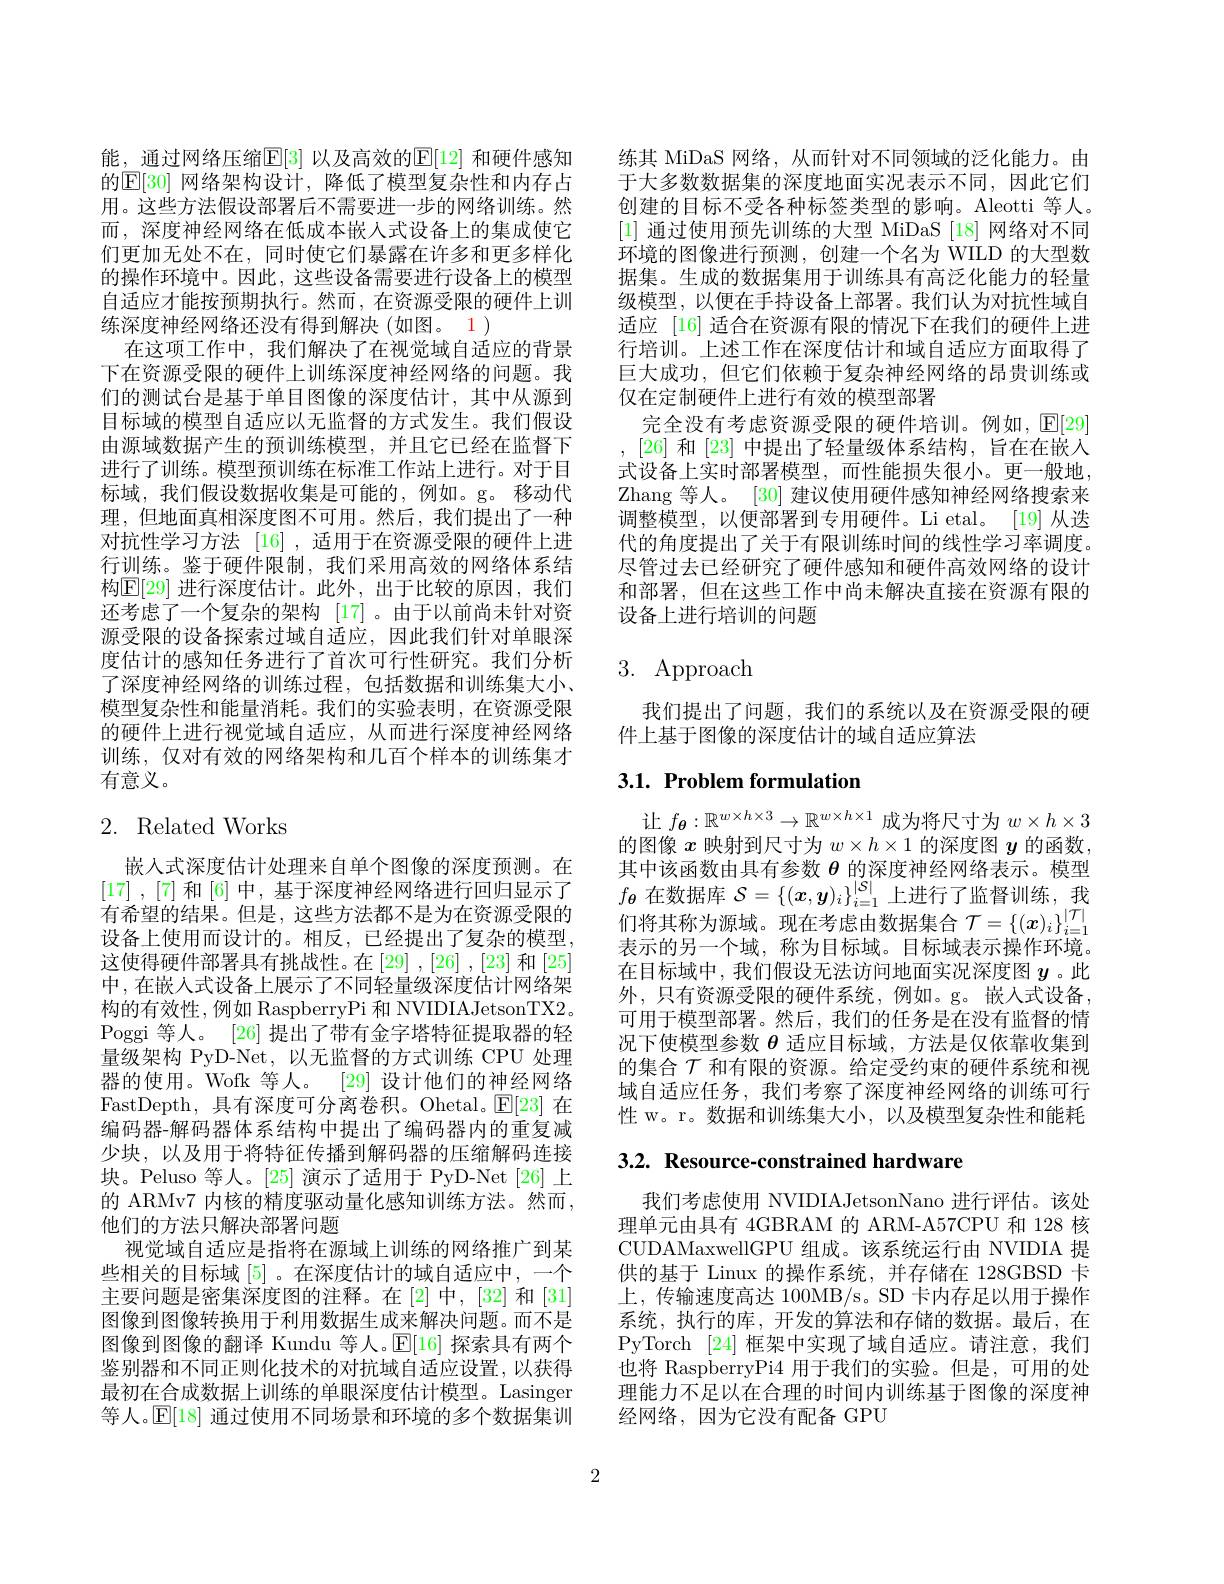
能，通过网络压缩$\mathbb{E}[3]$ 以及高效的$\mathbb{E}[12]$ 和硬件感知的$\underline{\mathrm{E}}[30]$ 网络架构设计，降低了模型复杂性和内存占用。这些方法假设部署后不需要进一步的网络训练。然而，深度神经网络在低成本嵌人式设备上的集成使它们更加无处不在，同时使它们暴露在许多和更多样化的操作环境中。因此，这些设备需要进行设备上的模型自适应才能按预期执行。然而，在资源受限的硬件上训练深度神经网络还没有得到解决(如图。1 )
在这项工作中，我们解决了在视觉域自适应的背景下在资源受限的硬件上训练深度神经网络的问题。我们的测试台是基于单目图像的深度估计，其中从源到目标域的模型自适应以无监督的方式发生。我们假设由源域数据产生的预训练模型，并且它已经在监督下进行了训练。模型预训练在标准工作站上进行。对于目标域，我们假设数据收集是可能的，例如。g。移动代理，但地面真相深度图不可用。然后，我们提出了一种对抗性学习方法 [16] ,适用于在资源受限的硬件上进行训练。鉴于硬件限制，我们采用高效的网络体系结构$\mathbb{E}[29]$ 进行深度估计。此外，出于比较的原因，我们还考虑了一个复杂的架构 [17]。由于以前尚未针对资源受限的设备探索过域自适应，因此我们针对单眼深度估计的感知任务进行了首次可行性研究。我们分析了深度神经网络的训练过程，包括数据和训练集大小、 模型复杂性和能量消耗。我们的实验表明，在资源受限的硬件上进行视觉域自适应，从而进行深度神经网络训练，仅对有效的网络架构和几百个样本的训练集才有意义。

# 2. Related Works

嵌入式深度估计处理来自单个图像的深度预测。在[17] ,[7] 和 [6] 中，基于深度神经网络进行回归显示了有希望的结果。但是，这些方法都不是为在资源受限的设备上使用而设计的。相反，已经提出了复杂的模型， 这使得硬件部署具有挑战性。在[29] ,[26] ,[23] 和[25] 中，在嵌人式设备上展示了不同轻量级深度估计网络架构的有效性，例如 RaspberryPi 和 NVIDIAJetsonTX2。Poggi 等人。[26] 提出了带有金字塔特征提取器的轻量级架构 PyD-Net,以无监督的方式训练 CPU 处理器的使用。Wofk 等人。[29] 设计他们的神经网络FastDepth, 具有深度可分离卷积。Ohetal。$\mathbb{E}[23]$在编码器-解码器体系结构中提出了编码器内的重复减少块，以及用于将特征传播到解码器的压缩解码连接块。Peluso 等人。[25] 演示了适用于 PyD-Net[26] 上的 ARMv7 内核的精度驱动量化感知训练方法。然而， 他们的方法只解决部署问题
视觉域自适应是指将在源域上训练的网络推广到某些相关的目标域[5] 。在深度估计的域自适应中，一个主要问题是密集深度图的注释。在[2]中，[32]和[31] 图像到图像转换用于利用数据生成来解决问题。而不是图像到图像的翻译 Kundu 等人。$\mathbb{E}[16]$探索具有两个鉴别器和不同正则化技术的对抗域自适应设置，以获得最初在合成数据上训练的单眼深度估计模型。Lasinger 等人。$\mathbb{E}[18]$通过使用不同场景和环境的多个数据集训

练其 MiDaS 网络，从而针对不同领域的泛化能力。由于大多数数据集的深度地面实况表示不同，因此它们创建的目标不受各种标签类型的影响。Aleotti 等人。[1]通过使用预先训练的大型 MiDaS [18]网络对不同环境的图像进行预测，创建一个名为 WILD 的大型数据集。生成的数据集用于训练具有高泛化能力的轻量级模型，以便在手持设备上部署。我们认为对抗性域自适应 [16] 适合在资源有限的情况下在我们的硬件上进行培训。上述工作在深度估计和域自适应方面取得了巨大成功，但它们依赖于复杂神经网络的昂贵训练或仅在定制硬件上进行有效的模型部署
完全没有考虑资源受限的硬件培训。例如，$\operatorname{E}[29]$ ,[26] 和 [23] 中提出了轻量级体系结构，旨在在嵌入式设备上实时部署模型，而性能损失很小。更一般地， Zhang 等人。[30]建议使用硬件感知神经网络搜索来调整模型，以便部署到专用硬件。Li etal。[19] 从迭代的角度提出了关于有限训练时间的线性学习率调度。尽管过去已经研究了硬件感知和硬件高效网络的设计和部署，但在这些工作中尚未解决直接在资源有限的设备上进行培训的问题

# 3. Approach

我们提出了问题，我们的系统以及在资源受限的硬
件上基于图像的深度估计的域自适应算法

## 3.1. Problem formulation

让$f_{\boldsymbol{\theta}}:\mathbb{R}^{w\times h\times3}\to\mathbb{R}^{w\times h\times1}$成为将尺寸为$w\times h\times3$ 的图像$x$映射到尺寸为$w\times h\times1$的深度图$y$的函数， 其中该函数由具有参数$\theta$的深度神经网络表示。模型$f_{\boldsymbol{\theta }}$ 在 数 据 库 $\mathcal{S} = \{ ( \boldsymbol{x}, \boldsymbol{y}) _{i}\} _{i= 1}^{| \mathcal{S} | }$ 上 进 行 了 监 督 训 练 , 我 们 将 其 称 为 源 域 。现 在 考 虑 由 数 据 集 合 $\mathcal{T} = \{ ( \boldsymbol{x}) _{i}\} _{i= 1}^{| \mathcal{T} | }$ 丰 三 的 日 众 域 $\mathcal{G} \text{为 中 中 标 域 }_{i= 1}^{- }\mathcal{H} \text{中 }_{i= 1}^{- }\mathcal{H} _{i= 1}^{- }\mathcal{H} _{i= 1}^{- }\mathcal{H} _{i= 1}^{- }\mathcal{H} _{i= 1}^{- }\mathcal{H} _{i= 1}^{- }\mathcal{H} _{i= 1}$ 表示的另一个域，称为目标域。目标域表示操作环境。在目标域中，我们假设无法访问地面实况深度图$y$ 。此外，只有资源受限的硬件系统，例如。g。嵌人式设备， 可用于模型部署。然后，我们的任务是在没有监督的情况下使模型参数$\theta$适应目标域，方法是仅依靠收集到的集合$\mathcal{T}$和有限的资源。给定受约束的硬件系统和视域自适应任务，我们考察了深度神经网络的训练可行性 w。r。数据和训练集大小，以及模型复杂性和能耗

3.2. Resource-constrained hardware

我们考虑使用 NVIDIAJetsonNano 进行评估。该处理单元由具有 4GBRAM 的 ARM-A57CPU 和 128 核CUDAMaxwellGPU 组成。该系统运行由 NVIDIA 提供的基于 Linux 的操作系统，并存储在 128GBSD 卡上，传输速度高达 100MB/s。SD 卡内存足以用于操作系统，执行的库，开发的算法和存储的数据。最后，在PyTorch [24]框架中实现了域自适应。请注意，我们也将 RaspberryPi4 用于我们的实验。但是，可用的处理能力不足以在合理的时间内训练基于图像的深度神经网络，因为它没有配备 GPU

2